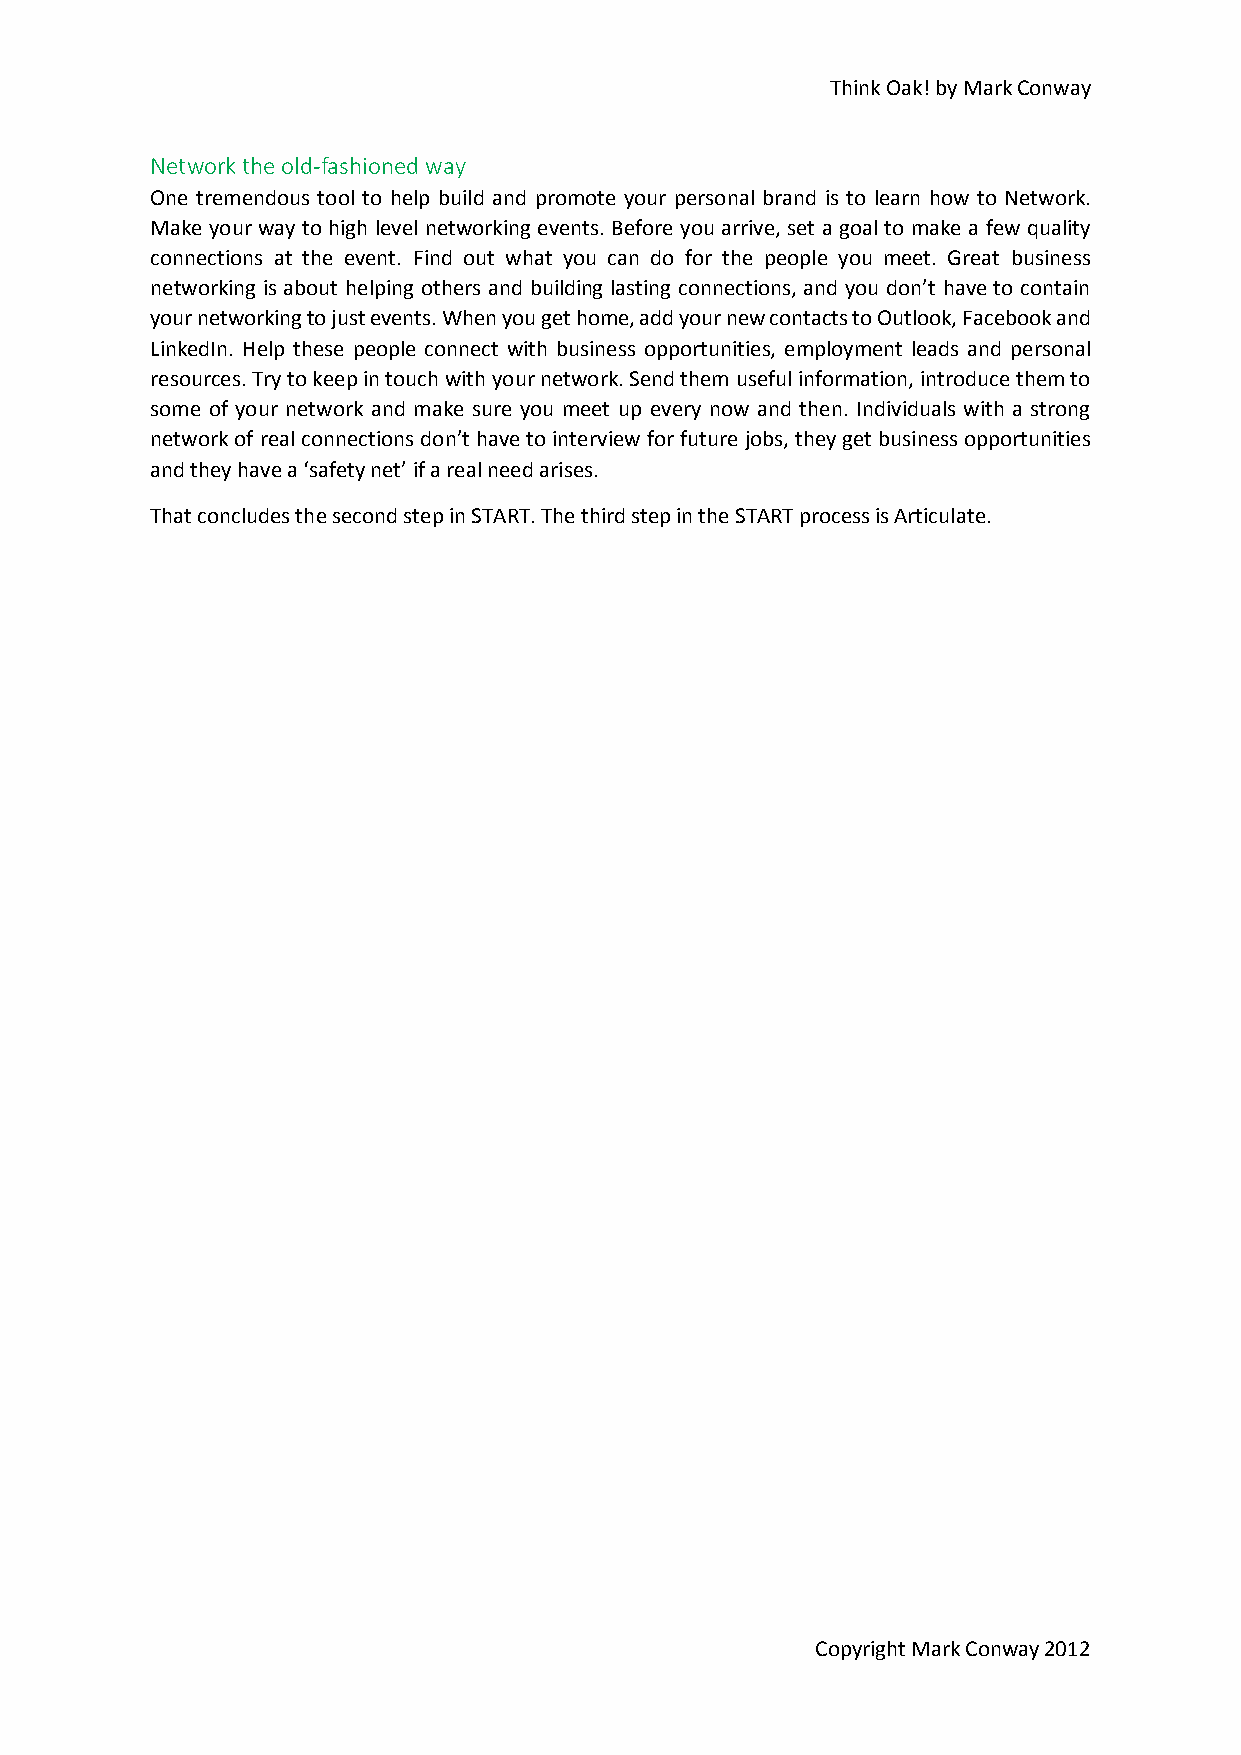
Think Oak! by Mark Conway
 Network the old-fashioned way
 One tremendous tool to help build and promote your personal brand is to learn how to Network.
 Make your way to high level networking events. Before you arrive, set a goal to make a few quality
 connections at the event. Find out what you can do for the people you meet. Great business
 networking is about helping others and building lasting connections, and you don’t have to contain
 your networking to just events. When you get home, add your new contacts to Outlook, Facebook and
 LinkedIn. Help these people connect with business opportunities, employment leads and personal
 resources. Try to keep in touch with your network. Send them useful information, introduce them to
 some of your network and make sure you meet up every now and then. Individuals with a strong
 network of real connections don’t have to interview for future jobs, they get business opportunities
 and they have a ‘safety net’ if a real need arises.
 That concludes the second step in START. The third step in the START process is Articulate.
 Copyright Mark Conway 2012